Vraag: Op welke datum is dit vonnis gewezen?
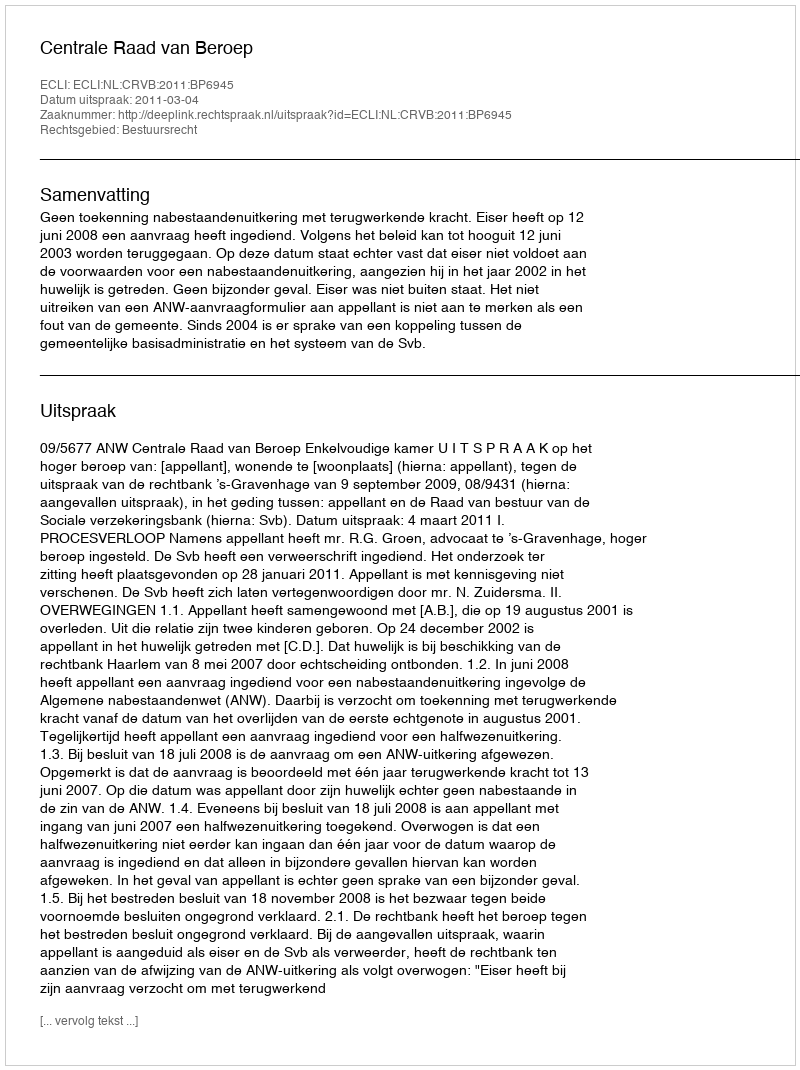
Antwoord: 2011-03-04